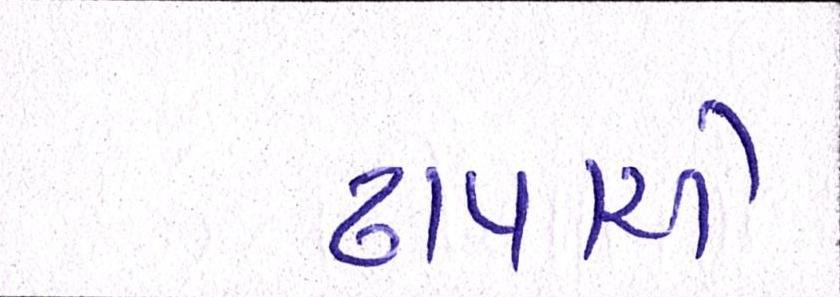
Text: ઢાપાએ